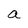
Character: a